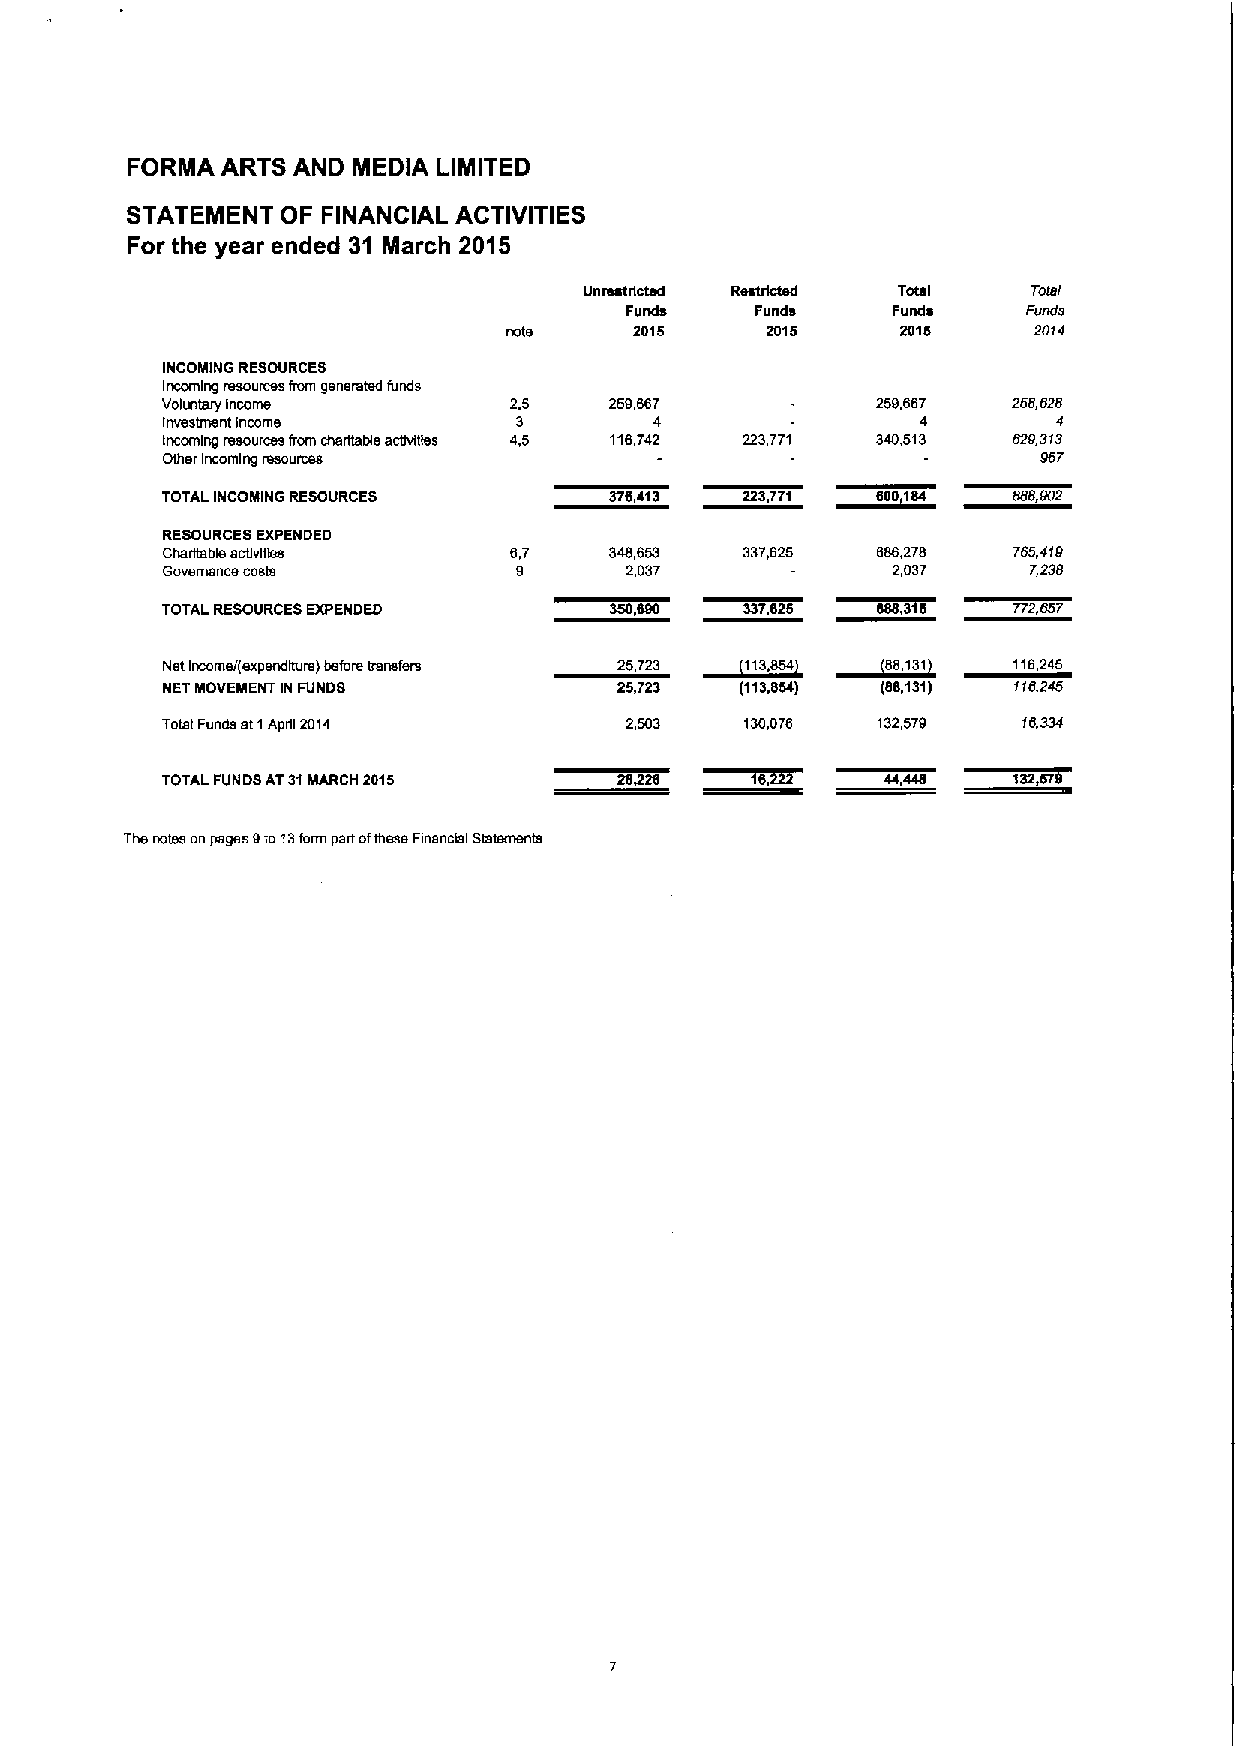
FORMA  ARTS AND MEDIA LIMITED
 STATEMENT  OF FINANCIAL ACTIVITIES
 For the year ended 31 March 2015
 Unrsstdctsd Rsttrtcted Total Total
 Funds    Funds    Funds    Funds
 note    2015     2015     2015    2014
 INCOMING RESOURCES
 Incoming resoumes from generated funds
 Voltmtary Income       2,5   269,667           259,667  268,628
 Investment Income      3        4                 4        4
 tnccmlng resources from charttsble acttvlties 4,5 116,742 223,771 340,513 629,313
 Other Incoming resources                                  967
 TOTAL INCOMING RESOURCES     378,413  223,771           888,902
 RESOURCES EXPENDED
 Charbable acbvbas      6,7   348,653  337,625  686,278  765,419
 Governance costs       9      2,037             2,037    7,238
 TOTAL RESOURCES EXPENDED              337,626           772,657
 Net Income/(expenditure) before transfers 25,723
 NET MOVEMENT IN FUNDS         25,723  (113,854) (88,131) 116,245
 Total Funds stIAprb 2014      2,503   130,078  132,579   f6,334
 TOTAL FUNDS AT31MARCH 2015
 The notes on pages 9to13form part ofthese Financbtl Statements